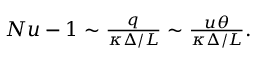
\begin{array} { r } { N u - 1 \sim \frac { q } { \kappa \Delta / L } \sim \frac { u \theta } { \kappa \Delta / L } . } \end{array}